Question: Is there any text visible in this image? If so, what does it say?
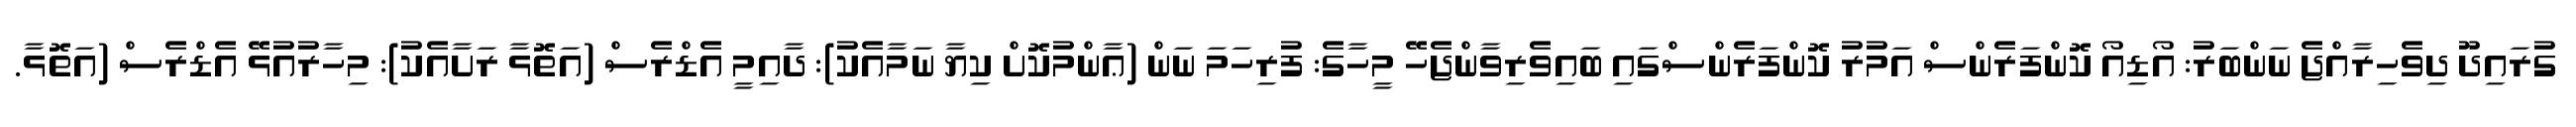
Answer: ގުރައިދޫ ދިވެހިރާއްޖެ ނަންބަރު: އޯޑިއޯ ކޮންފަރެންސް އަމުރު ކޮންފަރެންސްގައި ބައިވެރިވާންޖެހޭ މީހާގެ: ފުރިހަމަ ނަން (ޢާންމުކޮށް ކިޔާ ނަމާއެކު): ދާއިމީ އެޑްރެސް (އަތޮޅާ ރަށާއެކު): މިހާރުއުޅޭ އެޑްރެސް (އަތޮޅާ.